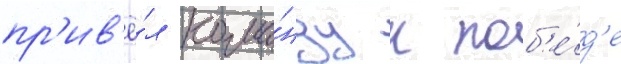
пр'ив'ё́л кома́нду к поб'е́д'е